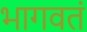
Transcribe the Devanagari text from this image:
भागवतं